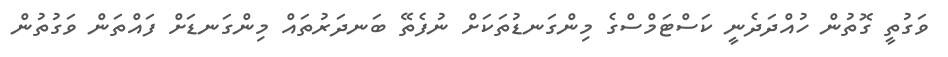
ވަގުތީ ގޮތުން ހުއްދަދެނީ ކަސްޓަމްސްގެ މިންގަނޑުތަކަށް ނުފެތޭ ބަނދަރުތައް މިންގަނޑަަށް ފައްތަން ވަގުތުން